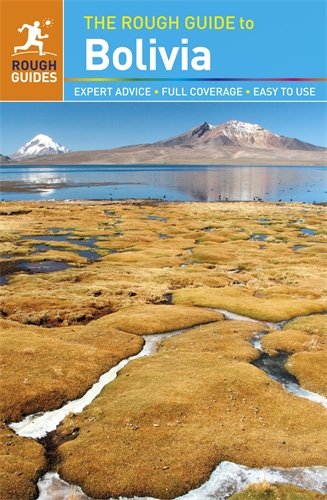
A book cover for The Rough Guide to Bolivia; James Read; Travel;